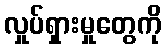
လှုပ်ရှားမှုတွေကို